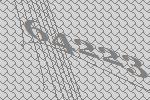
64223